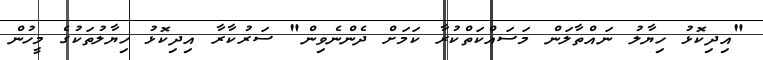
"އިދިކޮޅު ހިޔާލު ނައްތާލަން މަސައްކަތްކުރާ ކަމަށް ދެންނެވިން" ސަރުކާރާ އިދިކޮޅު ހިޔާލުތަކުގެ މީހުން